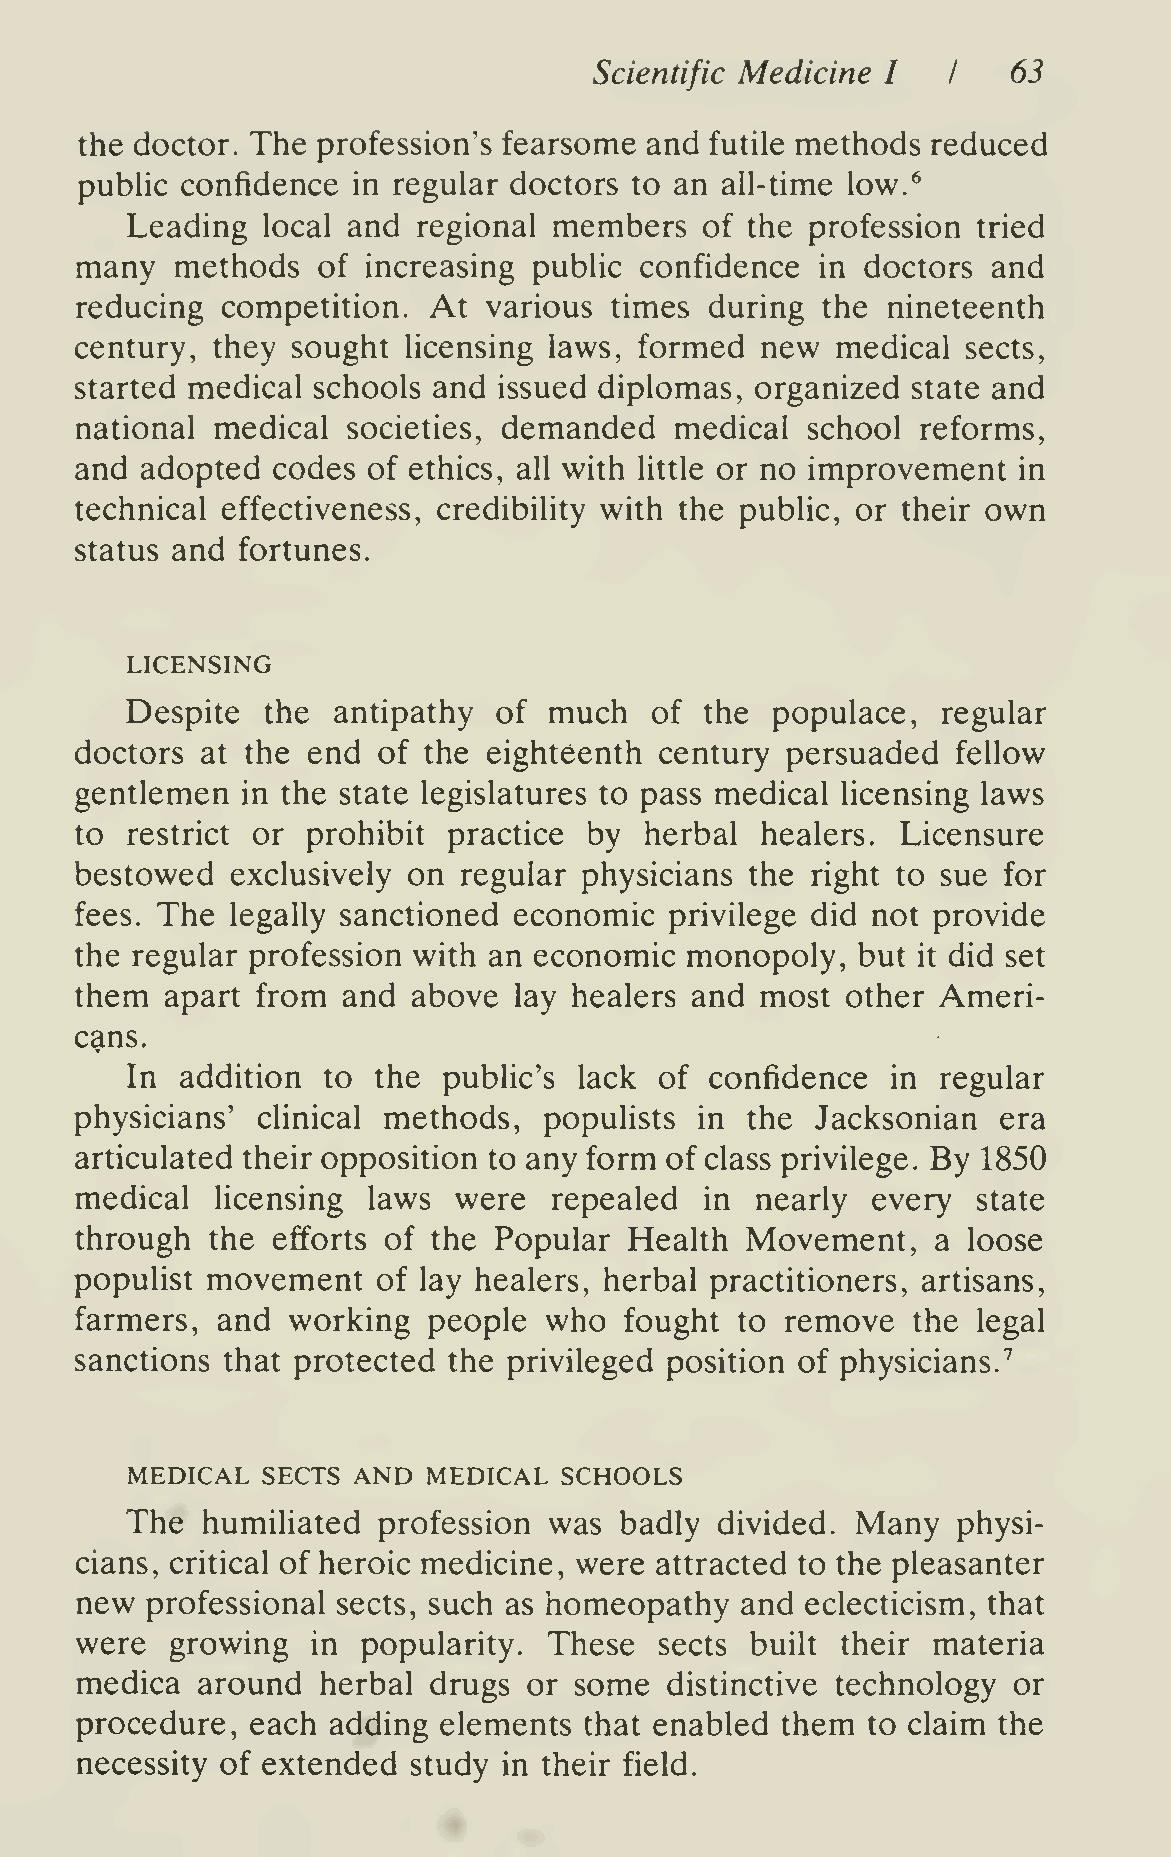
Scientific Medicine I   I   63
 the doctor. The profession's fearsome and futile methods reduced
 pubHc  confidence in regular doctors to an all-time low.^
 Leading  local and  regional members   of the profession tried
 many   methods  of increasing public confidence  in doctors  and
 reducing  competition. At  various times  during the  nineteenth
 century, they sought  licensing laws, formed new  medical  sects,
 started medical schools and issued diplomas, organized state and
 national medical  societies, demanded   medical school  reforms,
 and adopted  codes of ethics, all with little or no improvement in
 technical effectiveness, credibility with the public, or their own
 status and fortunes.
 LICENSING
 Despite   the antipathy  of much   of  the populace,  regular
 doctors at the end  of the eighteenth  century persuaded  fellow
 gentlemen  in the state legislatures to pass medical licensing laws
 to restrict or prohibit  practice by  herbal healers.  Licensure
 bestowed  exclusively on regular physicians  the right to sue for
 fees. The legally sanctioned economic  privilege did not provide
 the regular profession with an economic  monopoly,  but it did set
 them  apart from  and above  lay healers and most  other Ameri-
 cans.
 In  addition to  the public's lack  of confidence  in regular
 physicians' clinical methods,  populists in the  Jacksonian  era
 articulated their opposition to any form of class privilege. By 1850
 medical  licensing laws  were   repealed  in nearly  every  state
 through  the efforts of the Popular  Health Movement,    a loose
 populist movement   of lay healers, herbal practitioners, artisans,
 farmers, and  working  people  who  fought  to remove  the  legal
 sanctions that protected the privileged position of physicians.''
 MEDICAL  SECTS AND  MEDICAL  SCHOOLS
 The  humiliated  profession was  badly  divided. Many  physi-
 cians, critical of heroic medicine, were attracted to the pleasanter
 new  professional sects, such as homeopathy and eclecticism, that
 were  growing   in popularity. These   sects built their materia
 medica  around  herbal drugs  or some  distinctive technology or
 procedure,  each adding elements  that enabled them to claim the
 necessity of extended study in their field.